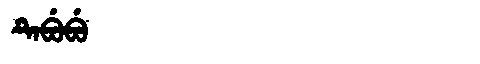
Manchu: ᡨᡝᠪᡠᠪᡠ
Romanization: TEBUBU